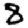
Digit: 8